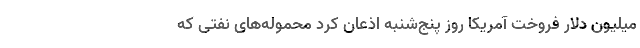
میلیون دلار فروخت آمریکا روز پنج‌شنبه اذعان کرد محموله‌های نفتی که